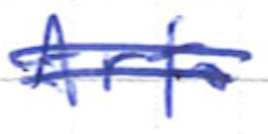
Text: Arts
Cross-out: double-line
Writing tool: ballpoint